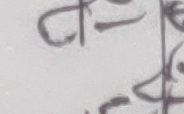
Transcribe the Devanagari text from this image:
छ।